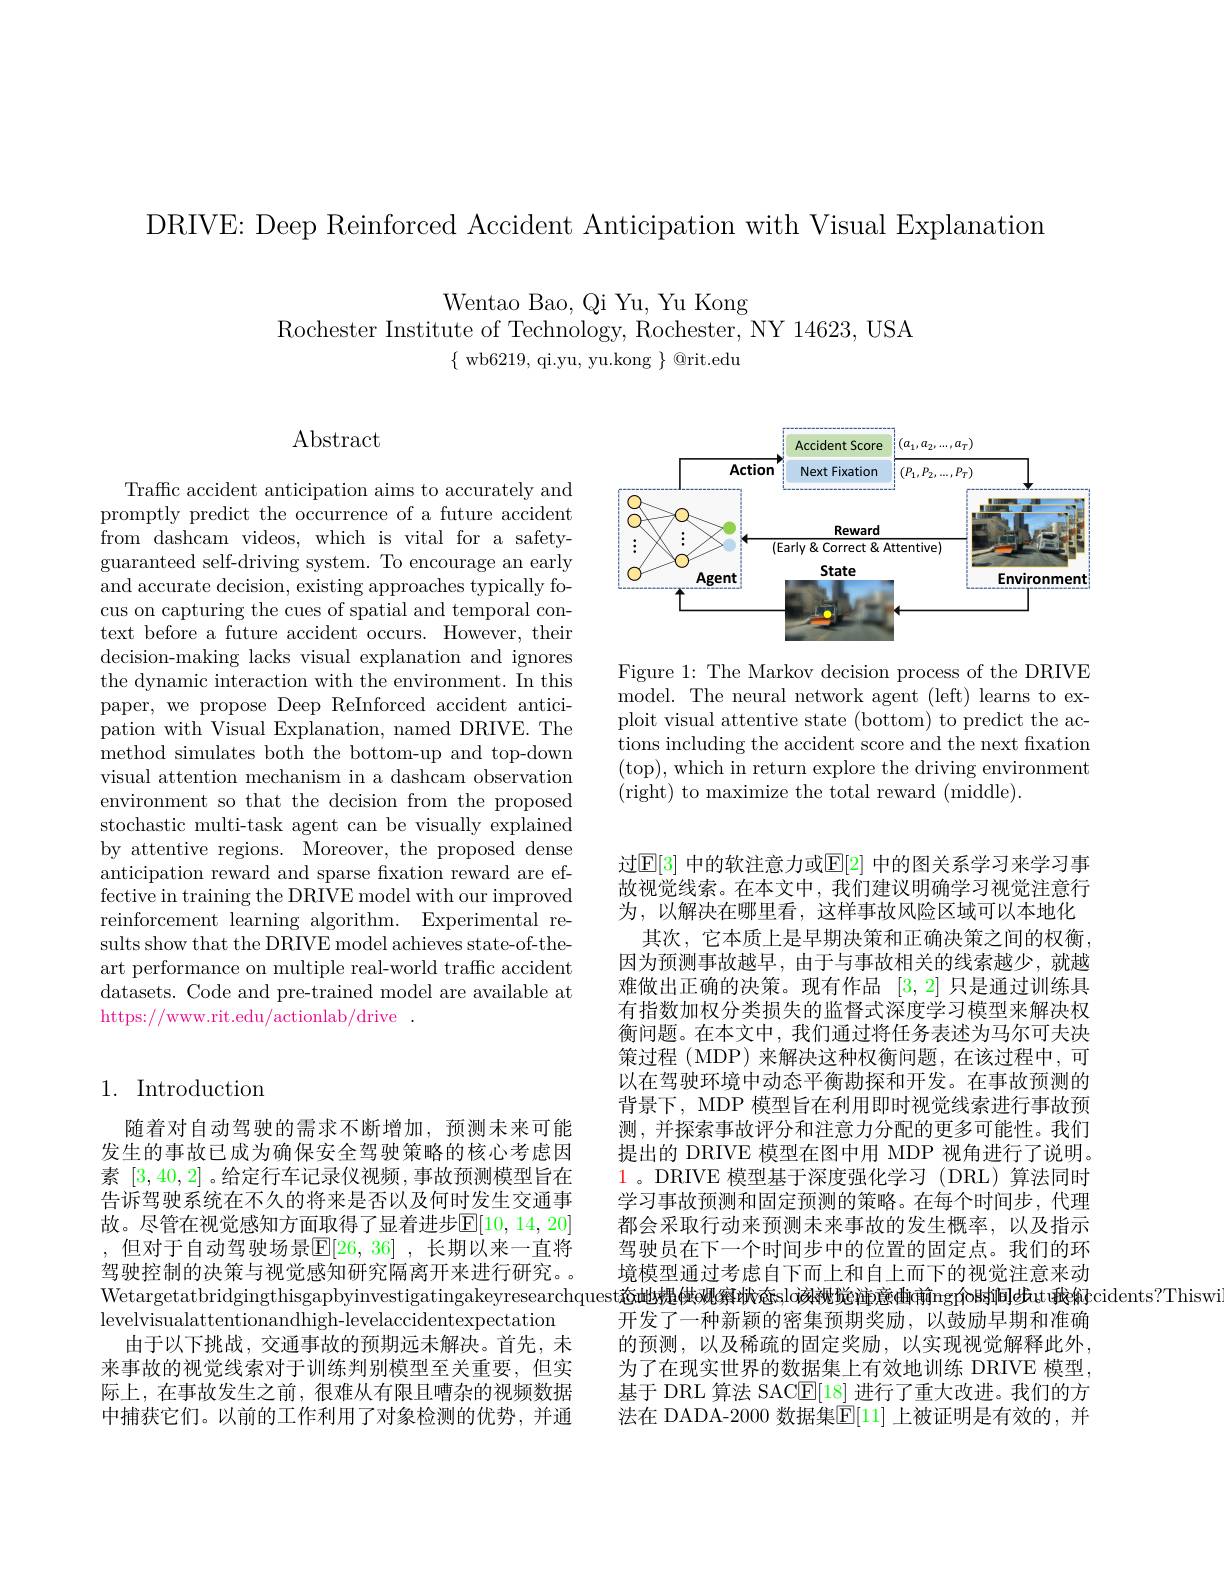
DRIVE: Deep Reinforced Accident Anticipation with Visual Explanation

Wentao Bao, Qi Yu, Yu Kong
Rochester Institute of Technology, Rochester, NY 14623, USA
$\{$ wb6219, qi.yu, yu.kong $\}$ @rit.edu

$\operatorname{Abstract}$

Traffc accident anticipation aims to accurately and promptly predict the occurrence of a future accident from dashcam videos, which is vital for a safetyguaranteed self-driving system. To encourage an early and accurate decision, existing approaches typically focus on capturing the cues of spatial and temporal context before a future accident occurs. However, their decision-making lacks visual explanation and ignores the dynamic interaction with the environment. In this paper, we propose Deep ReInforced accident anticipation with Visual Explanation, named DRIVE. The method simulates both the bottom-up and top-down visual attention mechanism in a dashcam observation environment so that the decision from the proposed stochastic multi-task agent can be visually explained by attentive regions. Moreover, the proposed dense anticipation reward and sparse fixation reward are effective in training the DRIVE model with our improved reinforcement learning algorithm. Experimental results show that the DRIVE model achieves state-of-theart performance on multiple real-world traffic accident datasets. Code and pre-trained model are available at https://www.rit.edu/actionlab/drive~.

<FigureHere>

Figure 1: The Markov decision process of the DRIVE model. The neural network agent (left) learns to exploit visual attentive state (bottom) to predict the actions including the accident score and the next fixation (top), which in return explore the driving environment ( right) to maximize the total reward ( middle) .

## 1. Introduction

随着对自动驾驶的需求不断增加，预测未来可能发生的事故已成为确保安全驾驶策略的核心考虑因素 [3,40,2] 。给定行车记录仪视频 ,事故预测模型旨在告诉驾驶系统在不久的将来是否以及何时发生交通事故。尽管在视觉感知方面取得了显着进步$\mathbb{E}[10,14,20]$ , 但对于自动驾驶场景$\mathbb{E}[26,36]$,长期以来一直将驾驶控制的决策与视觉感知研究隔离开来进行栅究。levelvisualattentionandhigh-levelaccidentexpectation
由于以下挑战，交通事故的预期远未解决。首先，未来事故的视觉线索对于训练判别模型至关重要，但实际上，在事故发生之前，很难从有限且嘈杂的视频数据中捕获它们。以前的工作利用了对象检测的优势，并通

过$\mathbb{E}[3]$ 中的软注意力或$\mathbb{E}[2]$ 中的图关系学习来学习事故视觉线索。在本文中，我们建议明确学习视觉注意行为，以解决在哪里看，这样事故风险区域可以本地化
其次，它本质上是早期决策和正确决策之间的权衡， 因为预测事故越早，由于与事故相关的线索越少，就越难做出正确的决策。现有作品[3,2]只是通过训练具有指数加权分类损失的监督式深度学习模型来解决权衡问题。在本文中，我们通过将任务表述为马尔可夫决策过程 (MDP) 来解决这种权衡问题，在该过程中，可以在驾驶环境中动态平衡勘探和开发。在事故预测的背景下，MDP 模型旨在利用即时视觉线索进行事故预测，并探索事故评分和注意力分配的更多可能性。我们提出的 DRIVE 模型在图中用 MDP 视角进行了说明。1。DRIVE 模型基于深度强化学习(DRL)算法同时学习事故预测和固定预测的策略。在每个时间步，代理都会采取行动来预测未来事故的发生概率，以及指示驾驶员在下一个时间步中的位置的固定点。我们的环境模型通过考虑自下而上和自上而下的视觉注意来动
Wetargetatbridgingthisgapbyinvestigatingakeyresearchquest还u地想(姚察状态slo劾觋览竩意曲前ng介的间le成t 我你jccidents？Thiswi
开发了一种新颖的密集预期奖励，以鼓励早期和准确的预测，以及稀疏的固定奖励，以实现视觉解释此外， 为了在现实世界的数据集上有效地训练 DRIVE 模型， 基于 DRL 算法 SACE[18] 进行了重大改进。我们的方法在 DADA-2000 数据集$\overline{\mathrm{E}}[11]$ 上被证明是有效的，并